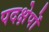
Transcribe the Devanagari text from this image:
पदक्षेपों